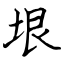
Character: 垠